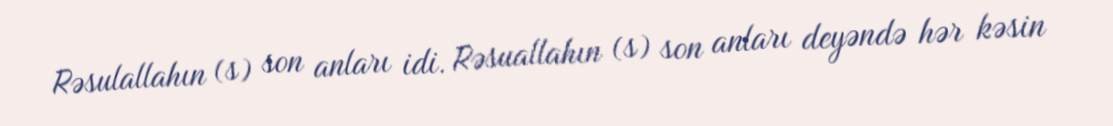
Rəsulallahın (s) son anları idi. Rəsuallahın (s) son anları deyəndə hər kəsin